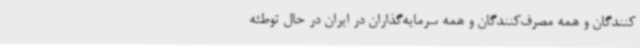
کنندگان و همه مصرف‌کنندگان و همه سرمایه‌گذاران در ایران در حال توطئه